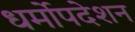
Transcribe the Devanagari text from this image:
धर्मोपदेशन